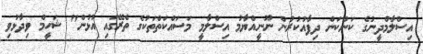
އިސްލާމްދީނުގެ ކަންކަން ދިފާއުކުރުން ނޫނީއްޔާމު އިސްލާމީ މަސައްކަތްތަކުގެ ތެރޭގައި އުޅުން" ޝަހީމް ވިދާޅުވި